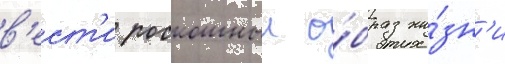
в'ест'и роскошныи о́браз жи́зн'и